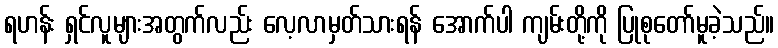
ရဟန်း ရှင်လူများအတွက်လည်း လေ့လာမှတ်သားရန် အောက်ပါ ကျမ်းတို့ကို ပြုစုတော်မူခဲ့သည်။